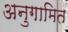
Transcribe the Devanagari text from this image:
अनुगामित